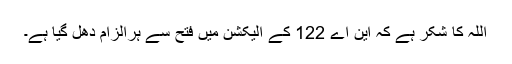
اللہ کا شکر ہے کہ این اے 122 کے الیکشن میں فتح سے ہرالزام دھل گیا ہے۔